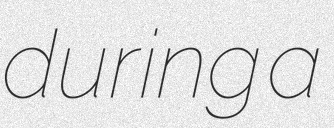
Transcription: during a